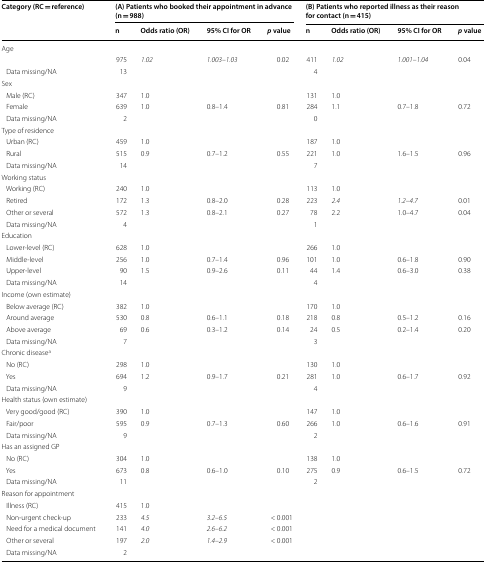
<table><thead><tr><td rowspan="2"><b>Category (RC = reference)</b></td><td colspan="4"><b>(A) Patients who booked their appointment in advance (n = 988)</b></td><td colspan="4"><b>(B) Patients who reported illness as their reason for contact (n = 415)</b></td></tr><tr><td><b>n</b></td><td><b>Odds ratio (OR)</b></td><td><b>95% CI for OR</b></td><td><b><i>p</i> value</b></td><td><b>n</b></td><td><b>Odds ratio (OR)</b></td><td><b>95% CI for OR</b></td><td><b><i>p</i> value</b></td></tr></thead><tbody><tr><td colspan="9">Age</td></tr><tr><td></td><td>975</td><td><i>1.02</i></td><td><i>1.003–1.03</i></td><td>0.02</td><td>411</td><td><i>1.02</i></td><td><i>1.001–1.04</i></td><td>0.04</td></tr><tr><td> Data missing/NA</td><td>13</td><td></td><td></td><td></td><td>4</td><td></td><td></td><td></td></tr><tr><td colspan="7">Sex</td><td></td><td></td></tr><tr><td> Male (RC)</td><td>347</td><td>1.0</td><td></td><td></td><td>131</td><td>1.0</td><td></td><td></td></tr><tr><td> Female</td><td>639</td><td>1.0</td><td>0.8–1.4</td><td>0.81</td><td>284</td><td>1.1</td><td>0.7–1.8</td><td>0.72</td></tr><tr><td> Data missing/NA</td><td>2</td><td></td><td></td><td></td><td>0</td><td></td><td></td><td></td></tr><tr><td colspan="7">Type of residence</td><td></td><td></td></tr><tr><td> Urban (RC)</td><td>459</td><td>1.0</td><td></td><td></td><td>187</td><td>1.0</td><td></td><td></td></tr><tr><td> Rural</td><td>515</td><td>0.9</td><td>0.7–1.2</td><td>0.55</td><td>221</td><td>1.0</td><td>1.6–1.5</td><td>0.96</td></tr><tr><td> Data missing/NA</td><td>14</td><td></td><td></td><td></td><td>7</td><td></td><td></td><td></td></tr><tr><td colspan="7">Working status</td><td></td><td></td></tr><tr><td> Working (RC)</td><td>240</td><td>1.0</td><td></td><td></td><td>113</td><td>1.0</td><td></td><td></td></tr><tr><td> Retired</td><td>172</td><td>1.3</td><td>0.8–2.0</td><td>0.28</td><td>223</td><td><i>2.4</i></td><td><i>1.2–4.7</i></td><td>0.01</td></tr><tr><td> Other or several</td><td>572</td><td>1.3</td><td>0.8–2.1</td><td>0.27</td><td>78</td><td>2.2</td><td>1.0–4.7</td><td>0.04</td></tr><tr><td> Data missing/NA</td><td>4</td><td></td><td></td><td></td><td>1</td><td></td><td></td><td></td></tr><tr><td colspan="7">Education</td><td></td><td></td></tr><tr><td> Lower-level (RC)</td><td>628</td><td>1.0</td><td></td><td></td><td>266</td><td>1.0</td><td></td><td></td></tr><tr><td> Middle-level</td><td>256</td><td>1.0</td><td>0.7–1.4</td><td>0.96</td><td>101</td><td>1.0</td><td>0.6–1.8</td><td>0.90</td></tr><tr><td> Upper-level</td><td>90</td><td>1.5</td><td>0.9–2.6</td><td>0.11</td><td>44</td><td>1.4</td><td>0.6–3.0</td><td>0.38</td></tr><tr><td> Data missing/NA</td><td>14</td><td></td><td></td><td></td><td>4</td><td></td><td></td><td></td></tr><tr><td colspan="7">Income (own estimate)</td><td></td><td></td></tr><tr><td> Below average (RC)</td><td>382</td><td>1.0</td><td></td><td></td><td>170</td><td>1.0</td><td></td><td></td></tr><tr><td> Around average</td><td>530</td><td>0.8</td><td>0.6–1.1</td><td>0.18</td><td>218</td><td>0.8</td><td>0.5–1.2</td><td>0.16</td></tr><tr><td> Above average</td><td>69</td><td>0.6</td><td>0.3–1.2</td><td>0.14</td><td>24</td><td>0.5</td><td>0.2–1.4</td><td>0.20</td></tr><tr><td> Data missing/NA</td><td>7</td><td></td><td></td><td></td><td>3</td><td></td><td></td><td></td></tr><tr><td colspan="7">Chronic disease<sup>a</sup></td><td></td><td></td></tr><tr><td> No (RC)</td><td>298</td><td>1.0</td><td></td><td></td><td>130</td><td>1.0</td><td></td><td></td></tr><tr><td> Yes</td><td>694</td><td>1.2</td><td>0.9–1.7</td><td>0.21</td><td>281</td><td>1.0</td><td>0.6–1.7</td><td>0.92</td></tr><tr><td> Data missing/NA</td><td>9</td><td></td><td></td><td></td><td>4</td><td></td><td></td><td></td></tr><tr><td colspan="7">Health status (own estimate)</td><td></td><td></td></tr><tr><td> Very good/good (RC)</td><td>390</td><td>1.0</td><td></td><td></td><td>147</td><td>1.0</td><td></td><td></td></tr><tr><td> Fair/poor</td><td>595</td><td>0.9</td><td>0.7–1.3</td><td>0.60</td><td>266</td><td>1.0</td><td>0.6–1.6</td><td>0.91</td></tr><tr><td> Data missing/NA</td><td>9</td><td></td><td></td><td></td><td>2</td><td></td><td></td><td></td></tr><tr><td colspan="7">Has an assigned GP</td><td></td><td></td></tr><tr><td> No (RC)</td><td>304</td><td>1.0</td><td></td><td></td><td>138</td><td>1.0</td><td></td><td></td></tr><tr><td> Yes</td><td>673</td><td>0.8</td><td>0.6–1.0</td><td>0.10</td><td>275</td><td>0.9</td><td>0.6–1.5</td><td>0.72</td></tr><tr><td> Data missing/NA</td><td>11</td><td></td><td></td><td></td><td>2</td><td></td><td></td><td></td></tr><tr><td colspan="7">Reason for appointment</td><td></td><td></td></tr><tr><td> Illness (RC)</td><td>415</td><td>1.0</td><td></td><td></td><td></td><td></td><td></td><td></td></tr><tr><td> Non-urgent check-up</td><td>233</td><td><i>4.5</i></td><td><i>3.2–6.5</i></td><td>&lt; 0.001</td><td></td><td></td><td></td><td></td></tr><tr><td> Need for a medical document</td><td>141</td><td><i>4.0</i></td><td><i>2.6–6.2</i></td><td>&lt; 0.001</td><td></td><td></td><td></td><td></td></tr><tr><td> Other or several</td><td>197</td><td><i>2.0</i></td><td><i>1.4–2.9</i></td><td>&lt; 0.001</td><td></td><td></td><td></td><td></td></tr><tr><td> Data missing/NA</td><td>2</td><td></td><td></td><td></td><td></td><td></td><td></td><td></td></tr></tbody></table>